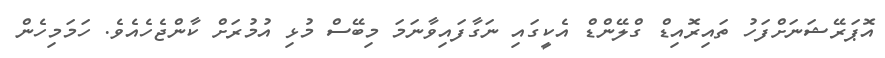
އޮޕަރޭޝަނަށްފަހު ތައިރޮއިޑް ގްލޭންޑް އެކީގައި ނަގާފައިވާނަމަ މިބޭސް މުޅި އުމުރަށް ކާންޖެހެއެވެ. ހަމަމިހެން